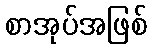
စာအုပ်အဖြစ်